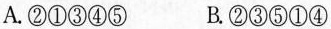
A.②①③④⑤ B.②③⑤①④